Plague in India, 1896, 1897 - Volume 3
Year: 1896
Disease focus: Plague
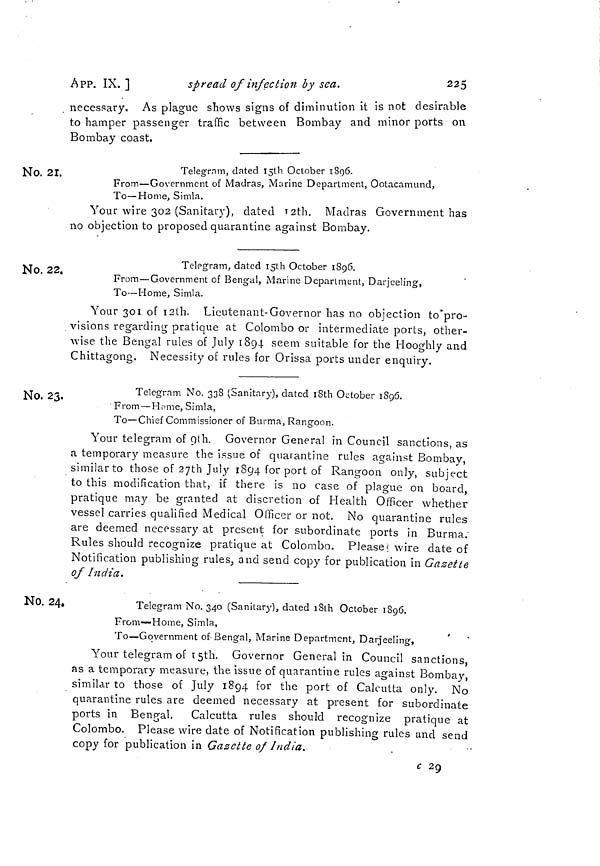
225
APP. IX. ]
spread of infection by sea.
necessary. As plague shows signs of diminution it is not desirable
to hamper passenger traffic between Bombay and minor ports on
Bombay coast.
No. 21.
Telegram, dated 15th October 1896.
From—Government of Madras, Marine Department, Ootacamund,
To—Home, Simla.
Your wire 302 (Sanitary), dated 12th. Madras Government has
no objection to proposed quarantine against Bombay.
NO. 22.
Telegram, dated 15th October 1896.
From—Government of Bengal, Marine Department, Darjeeling,
To—Home, Simla.
Your 301 of 12th. Lieutenant-Governor has no objection to pro-
visions regarding pratique at Colombo or intermediate ports, other-
wise the Bengal rules of July 1894 seem suitable for the Hooghly and
Chittagong. Necessity of rules for Orissa ports under enquiry.
No. 23.
Telegram No. 338 (Sanitary), dated 18th October 1896.
From — Heme, Simla,
To—Chief Commissioner of Burma, Rangoon.
Your telegram of 9th. Governor General in Council sanctions, as
a temporary measure the issue of quarantine rules against Bombay,
similar to those of 27th July 1894 for port of Rangoon only, subject
to this modification that, if there is no case of plague on board,
pratique may be granted at discretion of Health Officer whether
vessel carries qualified Medical Officer or not. No quarantine rules
are deemed necessary at present for subordinate ports in Burma;
Rules should recognize pratique at Colombo. Please; wire date of
Notification publishing rules, and send copy for publication in Gazette
of India.
No. 24.
Telegram No. 340 (Sanitary), dated 18th October 1896.
From—Home, Simla,
To—Government of Bengal, Marine Department, Darjeeling,
Your telegram of 15th. Governor General in Council sanctions,
as a temporary measure, the issue of quarantine rules against Bombay,
similar to those of July 1894 for the port of Calcutta only. No
quarantine rules are deemed necessary at present for subordinate
ports in Bengal.
Calcutta rules should recognize pratique at
Colombo. Please wire date of Notification publishing rules and send
copy for publication in Gazette of India.
c 29